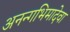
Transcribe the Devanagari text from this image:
अनन्गभिमादेवा